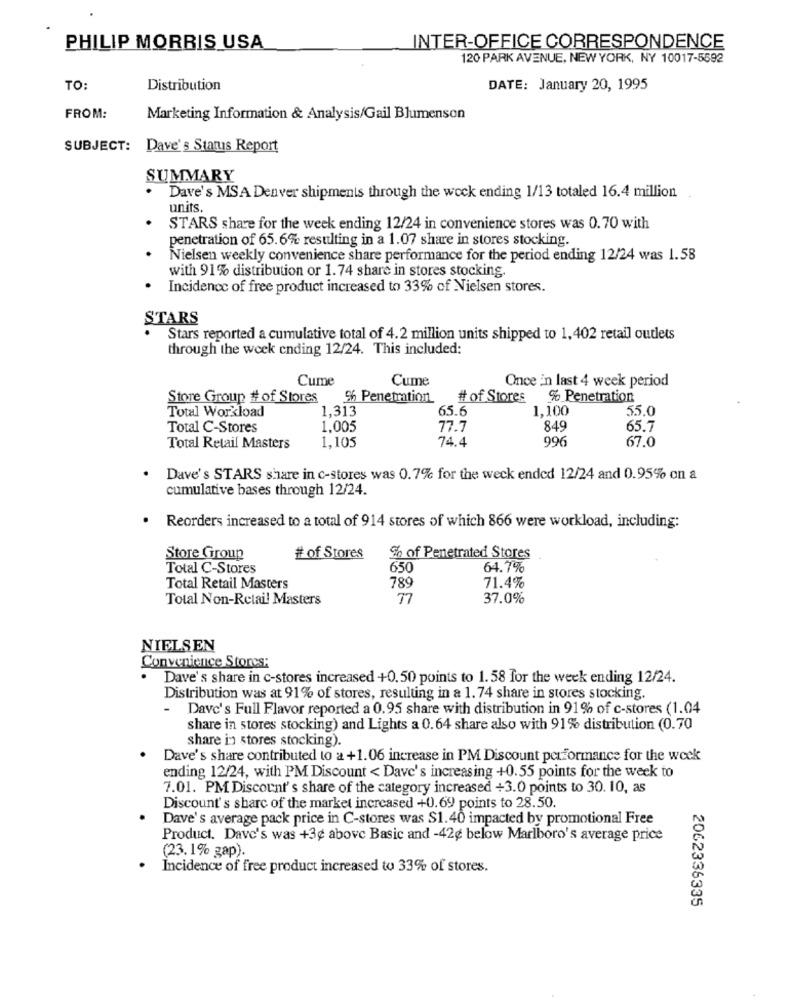
PHILIP MORRIS USA
INTER-OFFICE CORRESPONDENCE
120 PARK AVENUE, NEW YORK, NY 10017-5592
TO:
Distribution
DATE: January 20, 1995
FROM:
Marketing Information & Analysis/Gail Blumenson
SUBJECT: Dave's Status Report
SUMMARY
. Dave's MSA Denver shipments through the wock ending 1/13 totaled 16.4 million
units.
STARS share for the week ending 12/24 in convenience stores was 0.70 with
penetration of 65.6% resulting in a 1.07 share in stores stocking.
Nielsen weekly convenience share performance for the period ending 12/24 was 1.58
with 91% distribution or 1.74 share in stores stocking.
Incidence of free product increased to 33% of Nielsen stores.
STARS
Stars reported a cumulative total of 4.2 million units shipped to 1,402 retail outlets
through the week ending 12/24. This included:
Cume
Cume
Once in last 4 week period
Store Group # of Stores
% Penetration
# of Stores % Penetration
1,313
65.6
1,100
55.0
Total Workload
Total C-Stores
1.005
77.7
849
65.7
1,105
74.4
996
67.0
Total Retail Masters
Dave's STARS share in c-stores was 0.7% for the weck ended 12/24 and 0.95% on a
cumulative bases through 12/24.
Reorders increased to a total of 914 stores of which 866 were workload, including:
Store Group
# of Stores
% of Penetrated Stores
Total C-Stores
650
64.7%
Total Retail Masters
789
71.4%
Total Non-Retail Masters
77
37.0%
NIELSEN
Convenience Stores:
Dave's share in c-stores increased +0.50 points to 1.58 for the week ending 12/24.
Distribution was at 91% of stores, resulting in a 1.74 share in stores stocking.
- Dave's Full Flavor reported a 0.95 share with distribution in 91% of c-stores (1.04
share in stores stocking) and Lights a 0.64 share also with 91% distribution (0.70
share in stores stocking).
Dave's share contributed to a +1.06 increase in PM Discount performance for the week
ending 12/24, with PM Discount < Dave's increasing +0.55 points for the week to
7.01. PM Discount's share of the category increased +3.0 points to 30. 10, as
Discount's share of the market increased +0.69 points to 28.50.
Dave's average pack price in C-stores was $1.40 impacted by promotional Free
Product. Dave's was +3¢ above Basic and -42¢ below Marlboro's average price
(23.1% gap).
Incidence of free product increased to 33% of stores.
2062336335